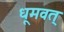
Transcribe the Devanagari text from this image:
धूमवत्